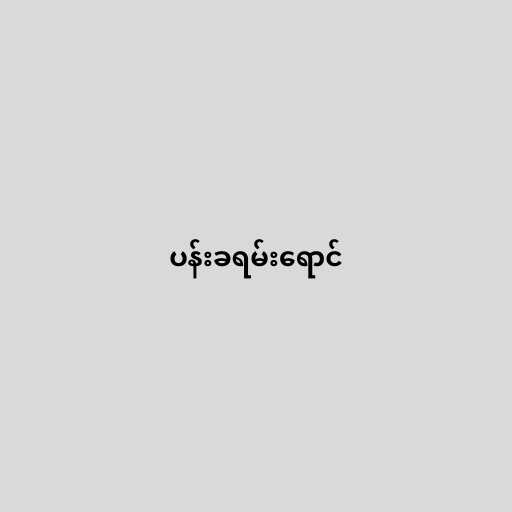
ပန်းခရမ်းရောင်